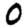
Digit: 0